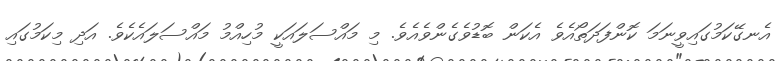
އެނގޭކަމުގައިވީނަމަ ކޮންފަދަތޯއެވެ އެކަން ބޮޑުވެގެންވެއެވެ. މި މައްސަލައަކީ މުހިއްމު މައްސަލައެކެވެ. އަދި މިކަމުގައި